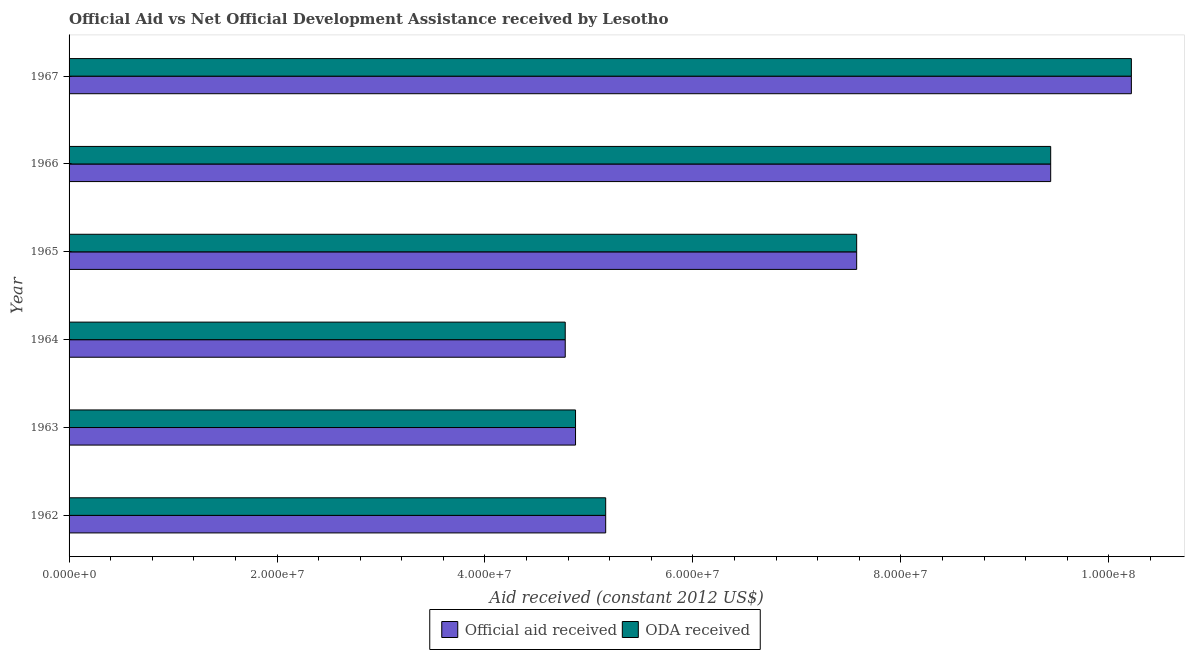
| Year | Official aid received | ODA received |
 | --- | --- | --- |
 | 1962 | 5.16e+07 | 5.16e+07 |
 | 1963 | 4.87e+07 | 4.87e+07 |
 | 1964 | 4.77e+07 | 4.77e+07 |
 | 1965 | 7.58e+07 | 7.58e+07 |
 | 1966 | 9.44e+07 | 9.44e+07 |
 | 1967 | 1.02e+08 | 1.02e+08 |